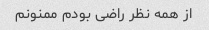
از همه نظر راضی بودم ممنونم